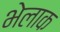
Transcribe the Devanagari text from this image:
भेलाक